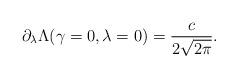
LaTeX: \begin{align*}\partial_\lambda \Lambda (\gamma=0,\lambda=0) = \frac{c}{2\sqrt{2\pi}}.\end{align*}